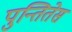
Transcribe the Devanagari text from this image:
पुन्तितेस